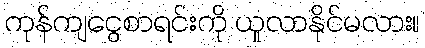
ကုန်ကျငွေစာရင်းကို ယူလာနိုင်မလား။